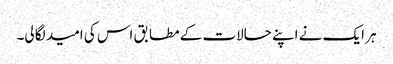
ہر ایک نے اپنے حالات کے مطابق اس کی امید لگا لی۔